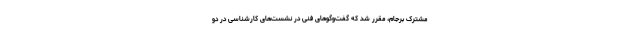
مشترک برجام، مقرر شد که گفت‌وگوهای فنی در نشست‌های کارشناسی در دو